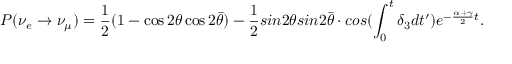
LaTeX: P ( \nu _ { e } \rightarrow \nu _ { \mu } ) = \frac { 1 } { 2 } ( 1 - \cos 2 \theta \cos 2 \bar { \theta } ) - \frac { 1 } { 2 } s i n 2 \theta s i n 2 \bar { \theta } \cdot c o s ( \int _ { 0 } ^ { t } \delta _ { 3 } d t ^ { \prime } ) e ^ { - \frac { \alpha + \gamma } { 2 } t } .